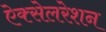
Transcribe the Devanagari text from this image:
ऐक्सेलरेशन